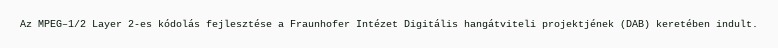
Az MPEG–1/2 Layer 2-es kódolás fejlesztése a Fraunhofer Intézet Digitális hangátviteli projektjének (DAB) keretében indult.